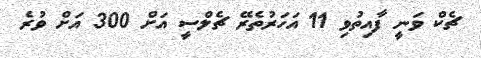
ޗެކް ވަނީ ފާއިތުވި 11 އަހަރުތެރޭ ޗެލްސީ އަށް 300 އަށް ވުރެ